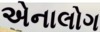
એનાલોગ